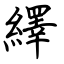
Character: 繹